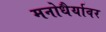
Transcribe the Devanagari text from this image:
मनोधैर्यावर